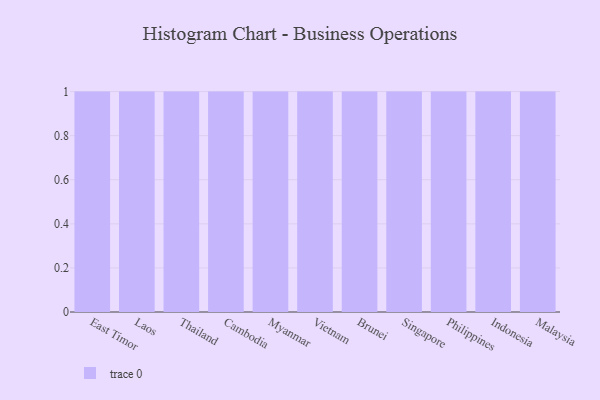
{"axis": {"x": "Country", "y": "Customer Acquisition Cost (USD)"}, "legend": [""], "data": [{"x": "East Timor", "y": 35, "type": ""}, {"x": "Laos", "y": 45, "type": ""}, {"x": "Thailand", "y": 83, "type": ""}, {"x": "Cambodia", "y": 45, "type": ""}, {"x": "Myanmar", "y": 28, "type": ""}, {"x": "Vietnam", "y": 75, "type": ""}, {"x": "Brunei", "y": 68, "type": ""}, {"x": "Singapore", "y": 84, "type": ""}, {"x": "Philippines", "y": 41, "type": ""}, {"x": "Indonesia", "y": 67, "type": ""}, {"x": "Malaysia", "y": 88, "type": ""}]}